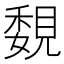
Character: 覣